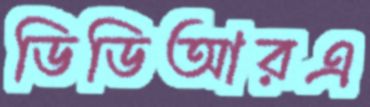
ডিডিআরএ